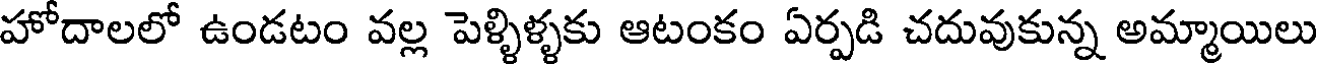
హోదాలలో ఉండటం వల్ల పెళ్ళిళ్ళకు ఆటంకం ఏర్పడి చదువుకున్న అమ్మాయిలు